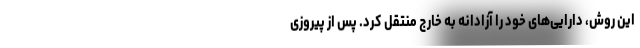
این روش، دارایی‌های خود را آزادانه به خارج منتقل کرد. پس از پیروزی